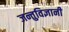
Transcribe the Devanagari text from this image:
जन्तुविज्ञानी